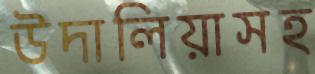
উদালিয়াসহ